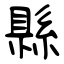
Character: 縣